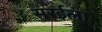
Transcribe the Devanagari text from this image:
सरईला